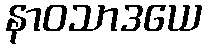
နာဝသာဒယေ